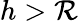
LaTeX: h>\mathcal{R}